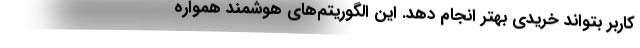
کاربر بتواند خریدی بهتر انجام دهد. این الگوریتم‌های هوشمند همواره